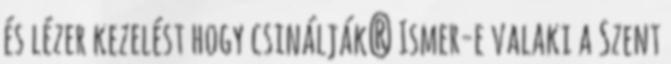
és lézer kezelést hogy csinálják? Ismer-e valaki a Szent